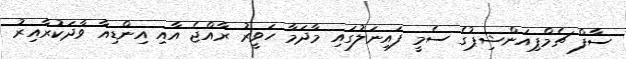
ސާފް ޗެމްޕިއަންޝިޕުގެ ސެމީ ފައިނަލުގައި މާދަމާ ހަވީރު ރާއްޖެ އާއި އިންޑިއާ ވާދަކުރާއިރު